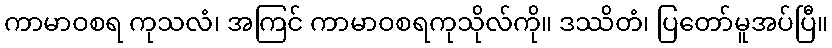
ကာမာဝစရ ကုသလံ၊ အကြင် ကာမာဝစရကုသိုလ်ကို။ ဒဿိတံ၊ ပြတော်မူအပ်ပြီ။